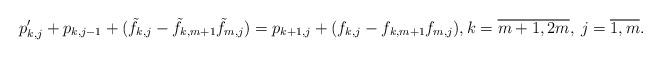
LaTeX: \begin{align*} p'_{k,j} + p_{k,j-1} + (\tilde f_{k,j} - \tilde f_{k,m+1} \tilde f_{m,j}) = p_{k+1,j} + (f_{k,j} - f_{k,m+1} f_{m,j}), k = \overline{m+1, 2m}, \: j = \overline{1, m}.\end{align*}